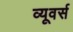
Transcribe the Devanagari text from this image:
व्यूवर्स